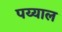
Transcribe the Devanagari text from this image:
पय्याल